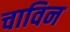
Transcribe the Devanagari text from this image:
चाविन